Burma Government Medical School reports 1907-22
Year: 1907
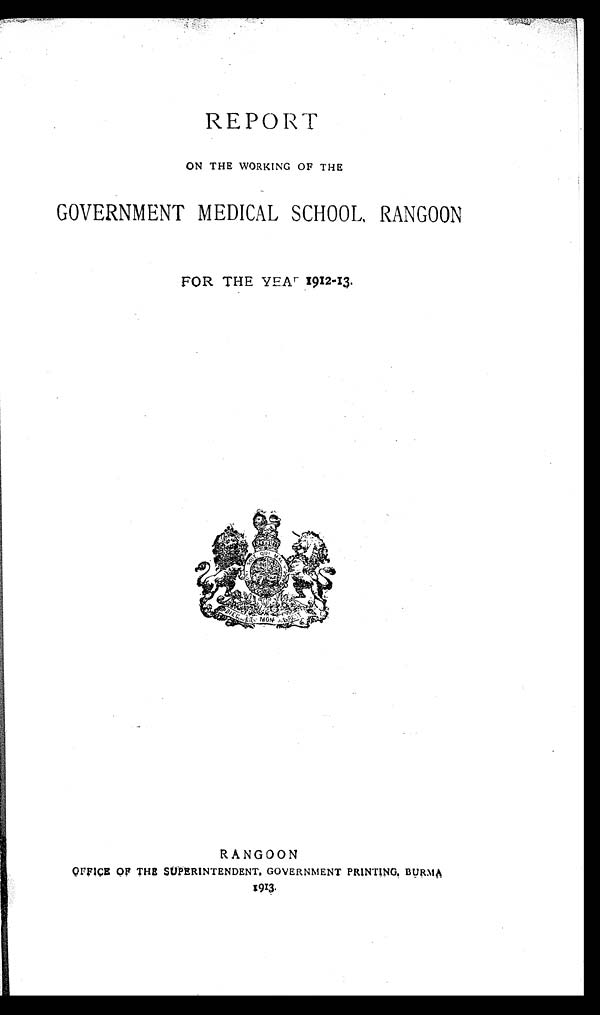
REPORT
ON THE WORKING OF THE
GOVERNMENT MEDICAL SCHOOL, RANGOON
FOR THE YEAR 1912-13.
RANGOON
OFFICE OF THE SUPERINTENDENT, GOVERNMENT PRINTING, BURMA
1913.